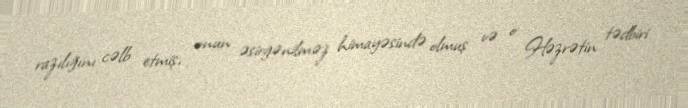
razılığını cəlb etmiş, onun əsirgənilməz himayəsində olmuş və o Həzrətin tədbiri